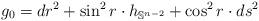
LaTeX: \begin{align*}g_{0}=dr^2+ \sin^2 r \cdot h_{\mathbb{S}^{n-2}}+\cos^2 r \cdot ds^2\end{align*}